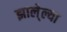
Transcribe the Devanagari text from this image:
झाले्ल्या